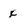
Character: x